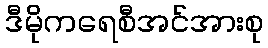
ဒီမိုကရေစီအင်အားစု